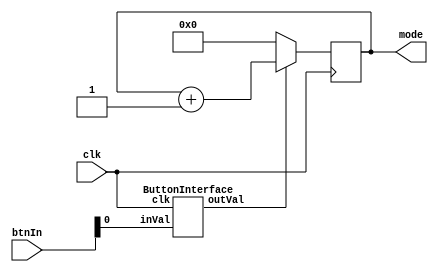
`timescale 1ns / 1ps
//Reads in btn, Debounces, returns values in up, down left right
module ButtonFunctionallity(
    input clk,
    input [3:0]btnIn,
    output [3:0]mode
    );
    wire A,B,C,D;
    ButtonInterface btnUp(clk, btnIn[3],A);
    ButtonInterface btnLeft(clk, btnIn[2],B);
    ButtonInterface btnRight(clk, btnIn[1],C);
    ButtonInterface btnDown(clk, btnIn[0],D);
    
    
    reg[3:0] result; //0:null, 1:push, 2:del...
    assign mode=result;
    always @(posedge clk) begin
        result<=0;       
        result<=A?result+4'b1000:0;
        result<=B?result+4'b0100:0;
        result<=C?result+4'b0010:0;
        result<=D?result+4'b0001:0;
    end
endmodule





module ButtonInterface(
    input clk, inVal,
    output outVal
    );
wire debounceClk;
wire Q1,Q2,Q0;
clkDivFF u1(clk,debounceClk);
//DebounceDelayFF d0(clk,debounceClk,inVal,Q0);

DebounceDelayFF d1(clk,debounceClk,inVal,Q1);
DebounceDelayFF d2(clk,debounceClk,Q1,Q2);

assign outVal = Q1 & ~Q2;
endmodule
// Slow clock enable for debouncing button 
module clkDivFF(input clk,output debounceClk);
    reg [25:0]count=0;
    always @(posedge clk)
    begin
       count <= (count>=250_000)?26'b0:count+26'b1;
    end
    assign debounceClk = (count == 250_000)?1'b1:1'b0;
endmodule
// D-flip-flop with clock enable signal for debouncing module 
module DebounceDelayFF(input clk, debounceClk,inVal,
    output outVal
    );
    reg Q=0;
    assign outVal=Q;
    always @ (posedge clk) begin
        if(debounceClk==1) Q <= inVal;
         end
endmodule